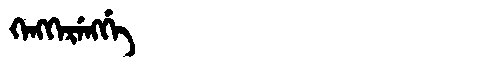
Manchu: ᡴᡝᠩᡴᡝᡵᡝᠩᡤᡝ
Romanization: KENGKERENGGE